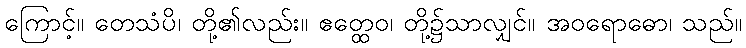
ကြောင့်။ တေသံပိ၊ တို့၏လည်း။ ဧတ္ထေဝ၊ တို့၌သာလျှင်။ အဝရောဓော၊ သည်။